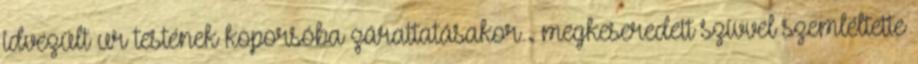
idvezült ur testének koporsóba zárattatásakor . megkeseredett szívvel szemléltette